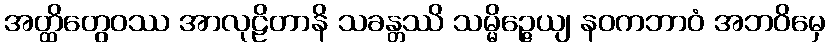
အတ္ထိတွေဝဿ အာလုဠိတာနိ သခန္တဿိ သမ္မိဉ္ဇေယျ နဝကဘာဝံ အဘဝိမှေ